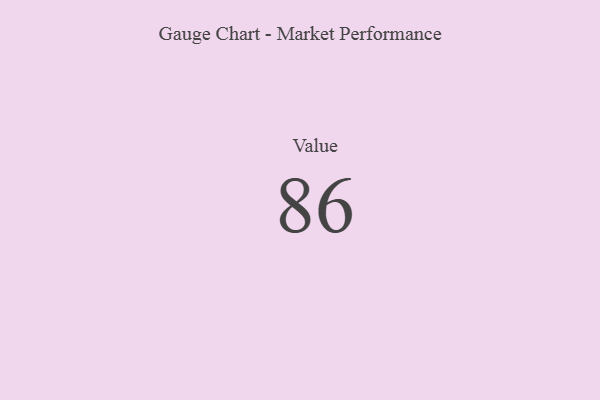
{"axis": {"x": "Metric", "y": "Value"}, "legend": [""], "data": [{"x": "Value", "y": 86, "type": ""}]}